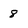
Character: 8